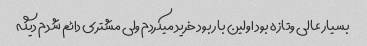
بسیار عالی وتازه بود اولین بار بود خرید میکردم ولی مشتری دائم شدم دیگه